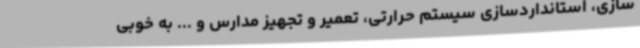
‌سازی، استانداردسازی سیستم حرارتی، تعمیر و تجهیز مدارس و ... به خوبی